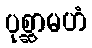
ပုစ္ဆာမဟံ